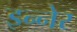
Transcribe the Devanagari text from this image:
इन्नेर